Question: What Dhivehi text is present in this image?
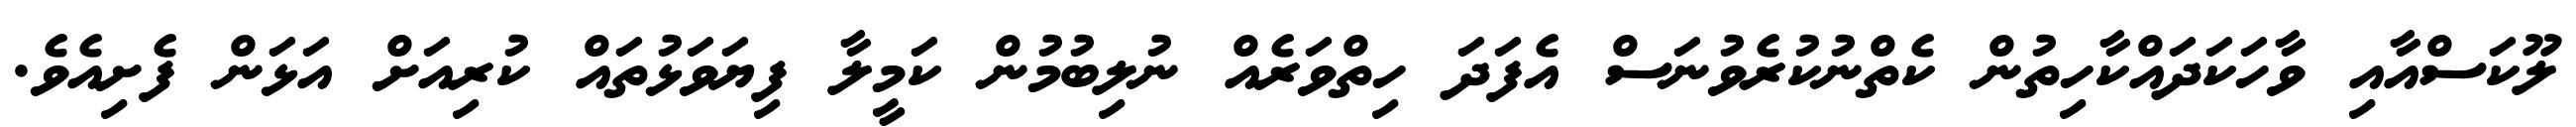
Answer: ލޫކަސްއާއި ވާހަކަދައްކާހިތުން ކެތްނުކުރެވުނަސް އެފަދަ ހިތްވަރެއް ނުލިބުމުން ކަމީލާ ފިޔަވަޅުތައް ކުރިއަށް އަޅަން ފެށިއެވެ.